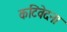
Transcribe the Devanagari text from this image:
कटिवेदना